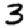
Digit: 3